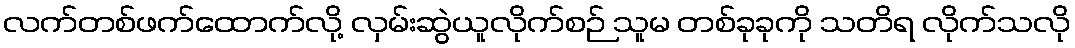
လက်တစ်ဖက်ထောက်လို့ လှမ်းဆွဲယူလိုက်စဉ် သူမ တစ်ခုခုကို သတိရ လိုက်သလို